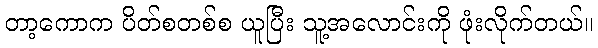
တာ့ကောက ပိတ်စတစ်စ ယူပြီး သူ့အလောင်းကို ဖုံးလိုက်တယ်။